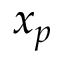
x _ { p }